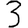
Digit: 3